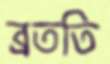
ব্রততি